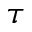
\tau